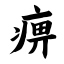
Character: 痹